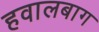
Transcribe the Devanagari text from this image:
हवालबाग